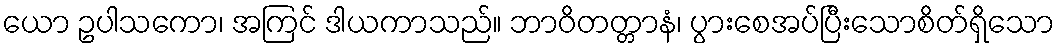
ယော ဥပါသကော၊ အကြင် ဒါယကာသည်။ ဘာဝိတတ္တာနံ၊ ပွားစေအပ်ပြီးသောစိတ်ရှိသော